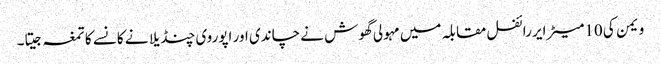
ویمن کی 10میٹر ایر رائفل مقابلہ میں مہولی گھوش نے چاندی اور اپوروی چنڈیلا نے کانسے کا تمغہ جیتا۔